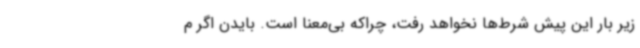
زیر بار این پیش شرط‌ها نخواهد رفت، چراکه بی‌معنا است. بایدن اگر م